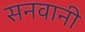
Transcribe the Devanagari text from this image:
सनवानी